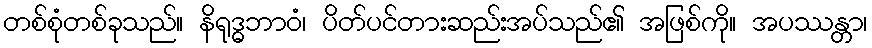
တစ်စုံတစ်ခုသည်။ နိရုဒ္ဓဘာဝံ၊ ပိတ်ပင်တားဆည်းအပ်သည်၏ အဖြစ်ကို။ အပဿန္တာ၊